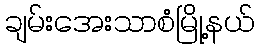
ချမ်းအေးသာစံမြို့နယ်